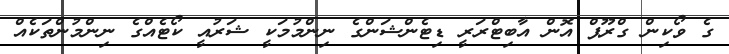
ގެ ވޯކިން ގްރޫޕް އޮން އާބިޓްރަރީ ޑިޓެންޝަންގެ ނިންމުމަކީ ޝަރުއީ ކޯޓެއްގެ ނިންމުންތަކެއް